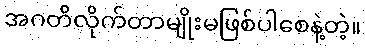
အဂတိလိုက်တာမျိုးမဖြစ်ပါစေနဲ့တဲ့။